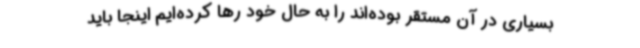
بسیاری در آن مستقر بوده‌اند را به حال خود رها کرده‌ایم اینجا باید